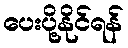
ပေးပို့နိုင်ရန်